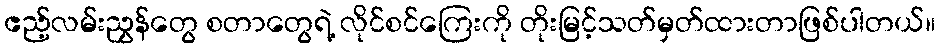
ဧည့်လမ်းညွှန်တွေ စတာတွေရဲ့ လိုင်စင်ကြေးကို တိုးမြင့်သတ်မှတ်ထားတာဖြစ်ပါတယ်။